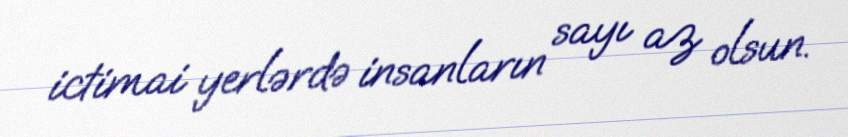
ictimai yerlərdə insanların sayı az olsun.